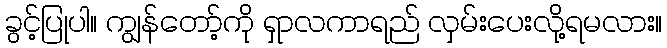
ခွင့်ပြုပါ။ ကျွန်တော့်ကို ရှာလကာရည် လှမ်းပေးလို့ရမလား။